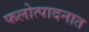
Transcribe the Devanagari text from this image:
फलोत्पादनात